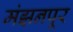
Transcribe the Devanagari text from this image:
मंझनपूर